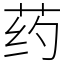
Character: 药